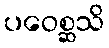
ပဝေစ္ဆသိ